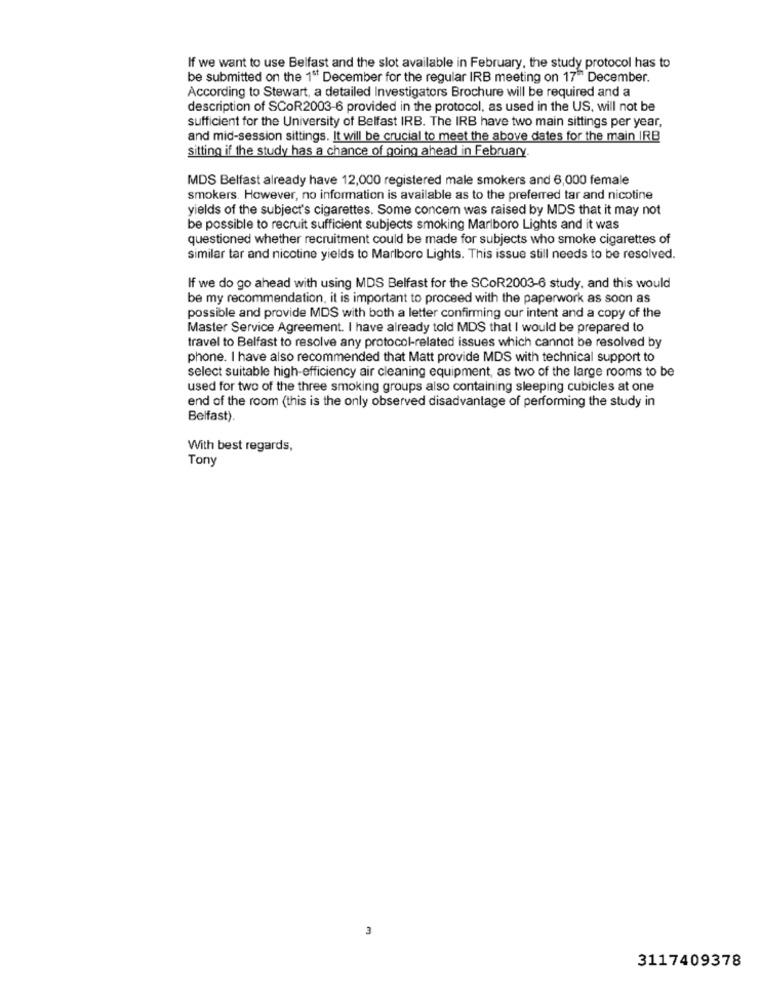
If we want to use Belfast and the slot available in February, the study protocol has to
be submitted on the 1ª" December for the regular IRB meeting on 17" December.
According to Stewart, a detailed Investigators Brochure will be required and a
description of SCOR2003-6 provided in the protocol, as used in the US, will not be
sufficient for the University of Belfast IRB. The IRB have two main sittings per year,
and mid-session sittings. It will be crucial to meet the above dates for the main IRB
sitting if the study has a chance of going ahead in February.
MDS Belfast already have 12,000 registered male smokers and 6,000 female
smokers. However, no information is available as to the preferred tar and nicotine
yields of the subject's cigarettes. Some concern was raised by MDS that it may not
be possible to recruit sufficient subjects smoking Marlboro Lights and it was
questioned whether recruitment could be made for subjects who smoke cigarettes of
similar tar and nicotine yields to Marlboro Lights. This issue still needs to be resolved.
If we do go ahead with using MDS Belfast for the SCOR2003-6 study, and this would
be my recommendation, it is important to proceed with the paperwork as soon as
possible and provide MDS with both a letter confirming our intent and a copy of the
Master Service Agreement. I have already told MDS that I would be prepared to
travel to Belfast to resolve any protocol-related issues which cannot be resolved by
phone. I have also recommended that Matt provide MDS with technical support to
select suitable high-efficiency air cleaning equipment, as two of the large rooms to be
used for two of the three smoking groups also containing sleeping cubicles at one
end of the room (this is the only observed disadvantage of performing the study in
Belfast).
With best regards,
Tony
3117409378